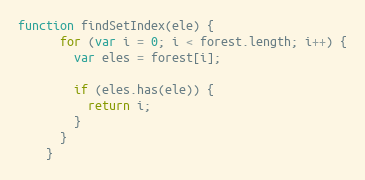
Language: JavaScript
function findSetIndex(ele) {
      for (var i = 0; i < forest.length; i++) {
        var eles = forest[i];

        if (eles.has(ele)) {
          return i;
        }
      }
    }